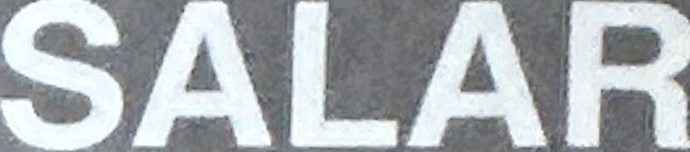
SALAR